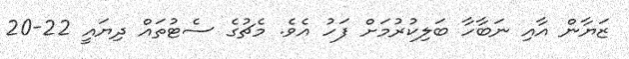
ޒަޔާން އާއި ނަބާހާ ބަލިކުރުމަށް ފަހު އެވެ. މެޗުގެ ސެޓުތައް ދިޔައީ 22-20